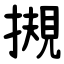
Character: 摫